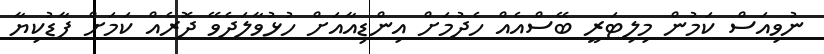
ނުވިއަސް ކަމުން މިލިޓަރީ ބޭސްއެއް ހެދުމަށް އިންޑިއާއަށް ހުޅުވާލަދެވޭ ދޮރެއް ކަމަށް ފާޑުކިޔާ